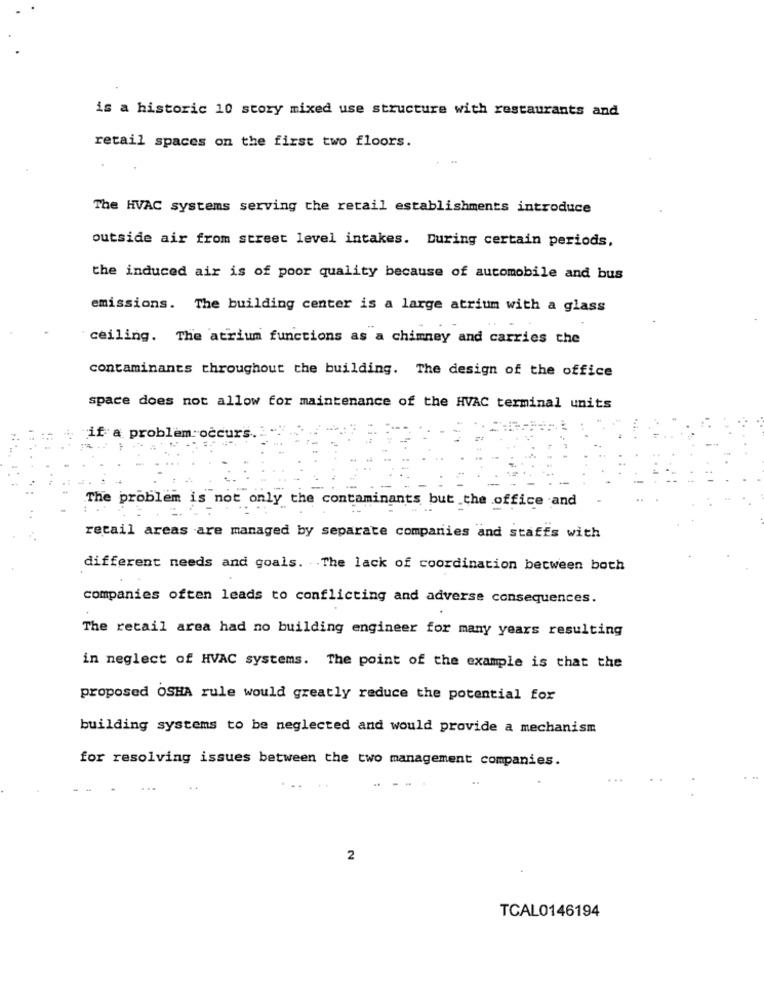
is a historic 10 story mixed use structure with restaurants and
retail spaces on the first two floors.
The HVAC systems serving the retail establishments introduce
outside air from street level intakes. During certain periods.
the induced air is of poor quality because of automobile and bus
emissions. The building center is a large atrium with a glass
ceiling. The atrium functions as a chimney and carries the
contaminants throughout the building. The design of the office
space does not allow for maintenance of the HVAC terminal units
if a problem occurs ..
The problem is not only the contaminants but the office and
retail areas are managed by separate companies and staffs with
different needs and goals. The lack of coordination between both
companies often leads to conflicting and adverse consequences.
The retail area had no building engineer for many years resulting
in neglect of HVAC systems. The point of the example is that the
proposed OSHA rule would greatly reduce the potential for
building systems to be neglected and would provide a mechanism
for resolving issues between the two management companies.
2
TCAL0146194